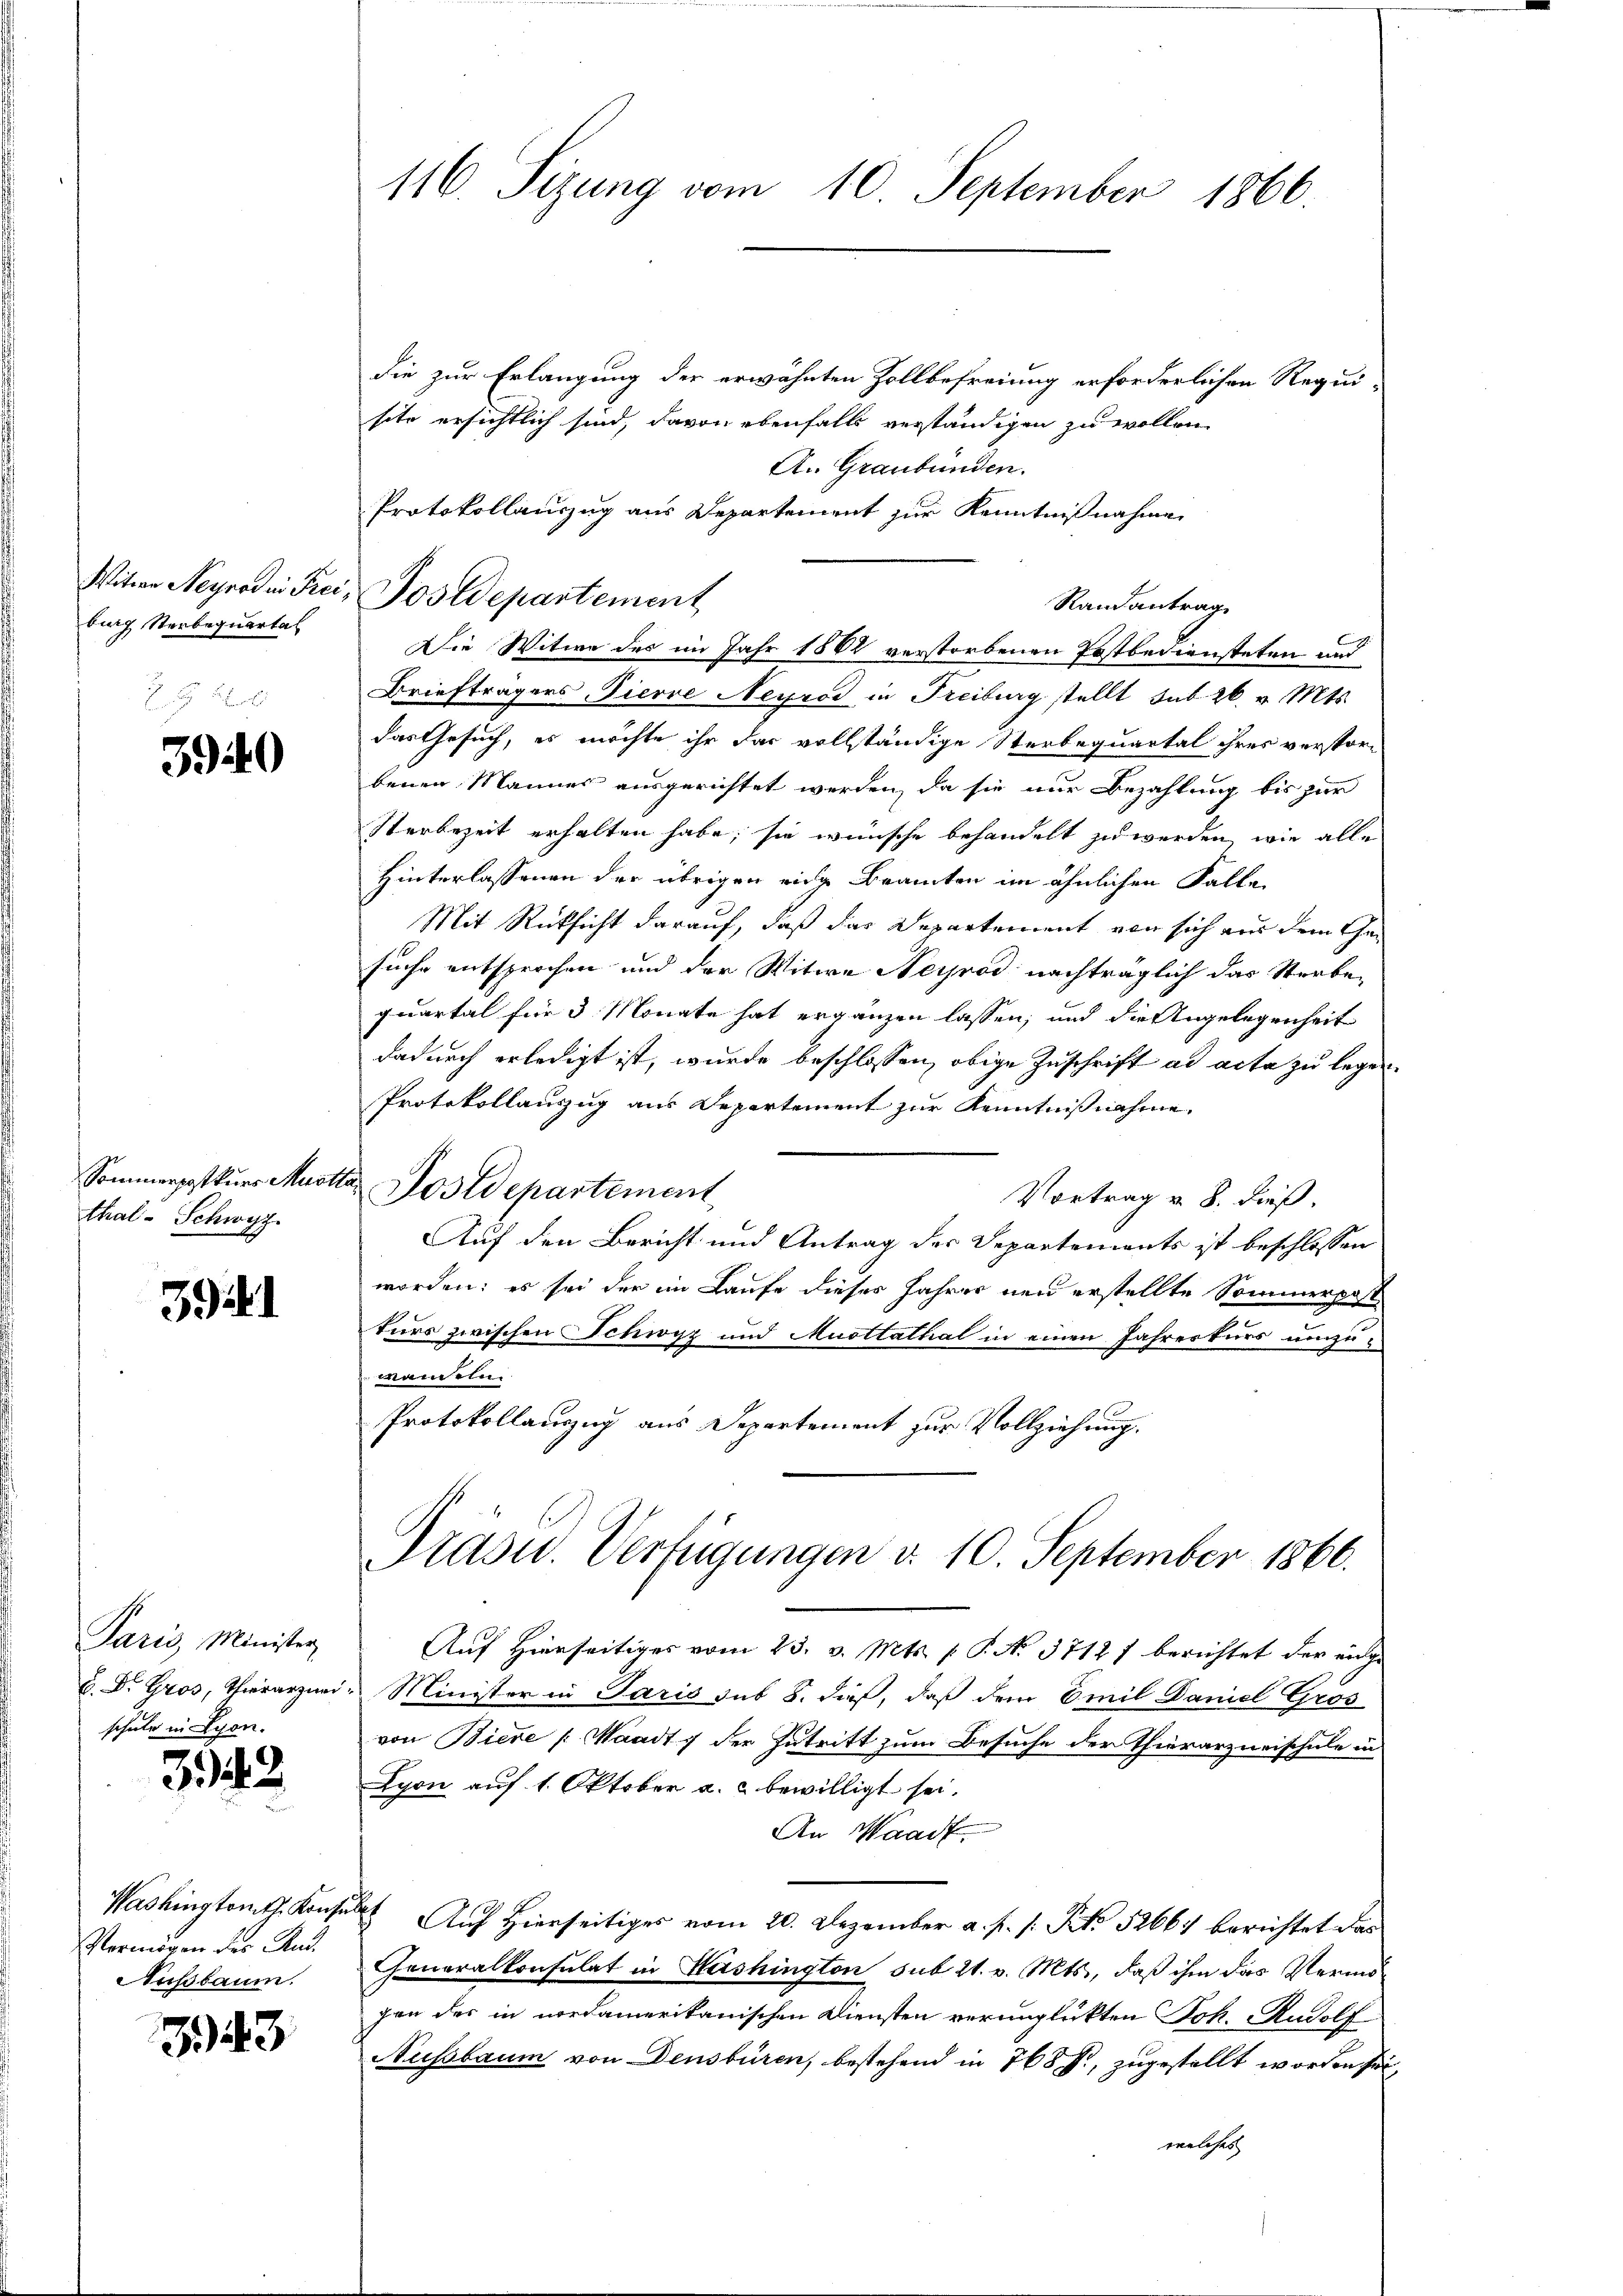
burg Sterbequartal

3940

thal- Schwyz.

3941

Paris, Minister
E. Dr. Gros, Thierarznei
schule in Lyon.

3342

Vermögen des And.
Nussbaum.

343

116. Sizung vom 10. September 1866.

Witwe Negradin Frei, Postdepartement

die zur Erlangung der erwähnten Zollbefreiung erforderlichen Requisite ersichtlich sind, davon ebenfalls verständigen zu wollen.
A. Graubünden.
Protokollauszug aus Departement zur Kenntnißnahme
Randantrag
Die Witwe des im Jahr 1882 verstorbenen Postbediensteten und
Briefträgers Fierre Neyrod in Freiburg stellt sub 26. v. Mts.
das Gesuch, es möchte ihr das vollständige Sterbequartal ihres verstor-
benen Mannes ausgerichtet werden, da sie nur Bezahlung bis zur
Sterbezeit erhalten habe, sie wünsche behandelt zu werden, wie alle
Hinterlassenen der übrigen eige Branten im ähnlichen Falle
Mit Rücksicht darauf, daß das Departement von sich aus dem Gesuche entsprochen und der Witwe Neyrod nachträglich das Sterbequartal für 3 Monate hat ergänzen lassen, und die Angelegenheit
dadurch erledigt ist, wurde beschlossen, obige Zuschrift ad acta zu legen.
Protokollauszug aus Departement zur Kenntnißnahme.
Vortrag v. 8. dieß.
Auf den Bericht und Antrag des Departements ist beschlossen
worden; es sei der im Laufe dieses Jahres neu erstellte Sommerpastturs zwischen Schwyz und Muottathal in einen Jahreskurs umzuwandeln
Protokollauszug aus Departement zur Vollziehung.
Präsid.. Verfügungen d. 10. September 1866.
Auf Hierseitiges vom 23. v. Mts. p. P. No. 3712 f berichtet der eige
"Minister in Paris sub 8. dieß, daß dem Emil Daniel Gros
von Biere Waadt 7 der Intritt zum Besuche der Thierarzneischule in
Lyon auf 1. Oktober a. c. bewilligt sei.
An Waadt
Washingtont. Konses Auf Hierseitiges vom 20. Dezember a. p. 1. Frk. 52667 berichtet das
Generalkonsulat in Hushington sub 21. v. Mts., daß ihm das Vermöhen der in nordamerikanischen Diensten verunglükten Jok. Rudolf
Nussbaum von Densbüren, bestehend in 768 Fr, zugestellt worden sei,
welches

Sommorptkurs Musttag Postdepartement